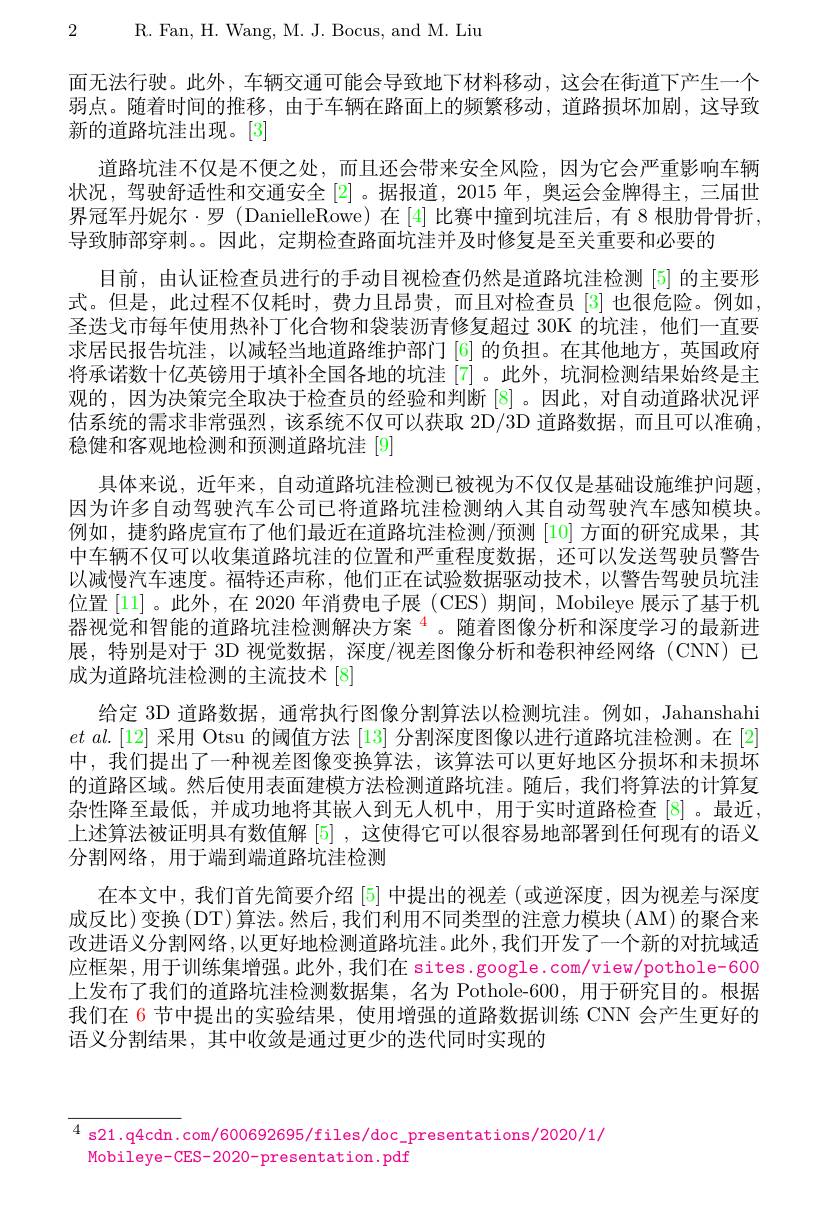
2 R. Fan, H. Wang, M. J. Bocus, and M. Liu

面无法行驶。此外，车辆交通可能会导致地下材料移动，这会在街道下产生一个弱点。随着时间的推移，由于车辆在路面上的频繁移动，道路损坏加剧，这导致新的道路坑洼出现。[3]
道路坑洼不仅是不便之处，而且还会带来安全风险，因为它会严重影响车辆状况，驾驶舒适性和交通安全[2] 。据报道，2015 年，奥运会金牌得主，三届世界冠军丹妮尔·罗 (DanielleRowe)在[4]比赛中撞到坑洼后，有8根肋骨骨折， 导致肺部穿刺。。因此，定期检查路面坑洼并及时修复是至关重要和必要的
目前，由认证检查员进行的手动目视检查仍然是道路坑洼检测[5]的主要形式。但是，此过程不仅耗时，费力且昂贵，而且对检查员[3]也很危险。例如， 圣迭戈市每年使用热补丁化合物和袋装沥青修复超过 30K 的坑洼，他们一直要求居民报告坑洼，以减轻当地道路维护部门[6]的负担。在其他地方，英国政府将承诺数十亿英镑用于填补全国各地的坑洼[7]。此外，坑洞检测结果始终是主观的，因为决策完全取决于检查员的经验和判断$\left[8\right]$。因此，对自动道路状况评估系统的需求非常强烈，该系统不仅可以获取 2D/3D 道路数据，而且可以准确， 稳健和客观地检测和预测道路坑洼 [9]
具体来说，近年来，自动道路坑洼检测已被视为不仅仅是基础设施维护问题。因为许多自动驾驶汽车公司已将道路坑洼检测纳入其自动驾驶汽车感知模块。例如，捷豹路虎宣布了他们最近在道路坑洼检测/预测[10]方面的研究成果，其中车辆不仅可以收集道路坑洼的位置和严重程度数据，还可以发送驾驶员警告以减慢汽车速度。福特还声称，他们正在试验数据驱动技术，以警告驾驶员坑洼位置[11] 。此外，在 2020 年消费电子展 (CES)期间，Mobileye 展示了基于机器视觉和智能的道路坑洼检测解决方案$^{\color{red}{4}}$。随着图像分析和深度学习的最新进展，特别是对于 3D 视觉数据，深度/视差图像分析和卷积神经网络(CNN)已成为道路坑洼检测的主流技术 [8]
给定 3D 道路数据，通常执行图像分割算法以检测坑洼。例如，Jahanshahi $et$ $al. [ 12]$ 采用 Otsu 的阈值方法 [13] 分割深度图像以进行道路坑洼检测。在 [2] 中，我们提出了一种视差图像变换算法，该算法可以更好地区分损坏和未损坏的道路区域。然后使用表面建模方法检测道路坑洼。随后，我们将算法的计算复杂性降至最低，并成功地将其嵌入到无人机中，用于实时道路检查[8]。最近， 上述算法被证明具有数值解 [5] , 这使得它可以很容易地部署到任何现有的语义分割网络，用于端到端道路坑洼检测
在本文中，我们首先简要介绍 [5] 中提出的视差(或逆深度，因为视差与深度成反比)变换(DT)算法。然后，我们利用不同类型的注意力模块(AM)的聚合来改进语义分割网络，以更好地检测道路坑洼。此外 ,我们开发了一个新的对抗域适应框架，用于训练集增强。此外，我们在 sites.google.com/view/pothole-600上发布了我们的道路坑洼检测数据集，名为 Pothole-600, 用于研究目的。根据我们在 6 节中提出的实验结果，使用增强的道路数据训练 CNN 会产生更好的语义分割结果，其中收敛是通过更少的迭代同时实现的

$\overline{^4\text{ s21.q4cdn.}}$com/600692695/files/doc\_presentations/2020/1/
Mobileye-CES-2020-presentation.pdf